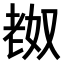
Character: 𫅴